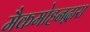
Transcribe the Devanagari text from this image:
मैकमोहनद्वारा